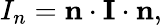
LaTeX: I_{n}=\mathbf{n}\cdot\mathbf{I}\cdot\mathbf{n},